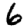
Digit: 6